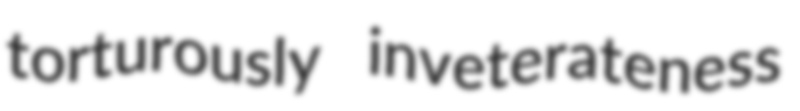
torturously inveterateness